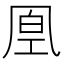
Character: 𠙔